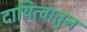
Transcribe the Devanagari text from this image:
दायित्वातुन